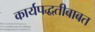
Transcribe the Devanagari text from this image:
कार्यपद्धतीबाबत